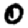
Digit: 0